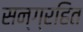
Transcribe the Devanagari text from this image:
सन्ग्रहित